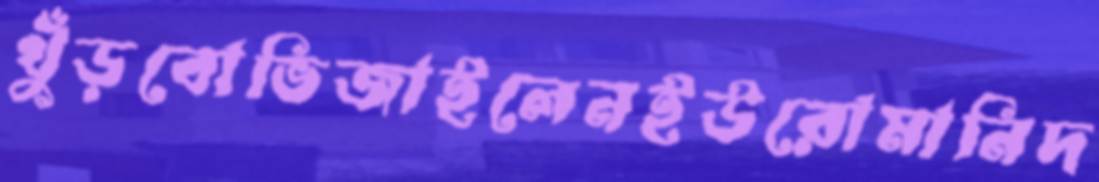
খুঁড়বোভিজাইলেনইউরোমানিদ